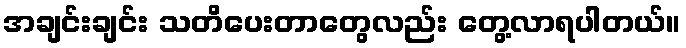
အချင်းချင်း သတိပေးတာတွေလည်း တွေ့လာရပါတယ်။